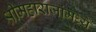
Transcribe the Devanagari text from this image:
श्रीमहाराजांमध्यें